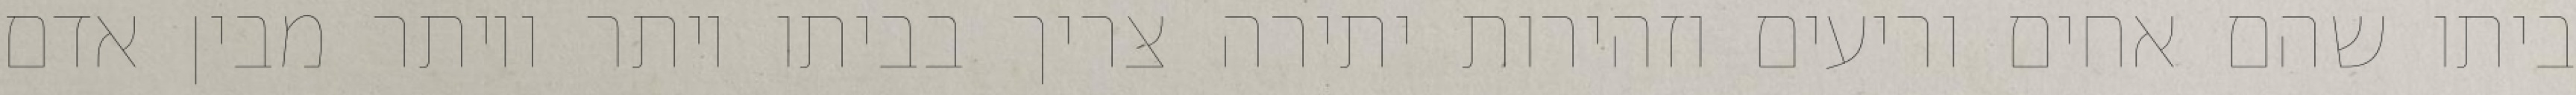
ביתו שהם אחים וריעים וזהירות יתירה צריך בביתו יותר ויותר מבין אדם